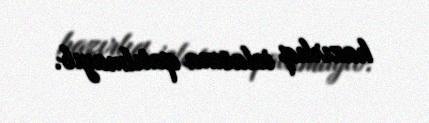
hazırlıq iclasına qatılmayıb.